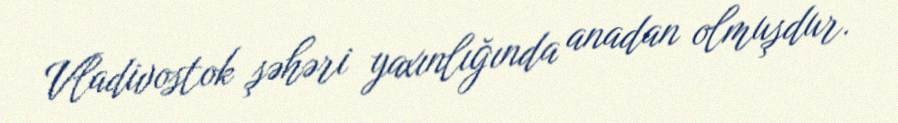
Vladivostok şəhəri yaxınlığında anadan olmuşdur.